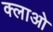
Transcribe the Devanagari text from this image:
क्लाओ